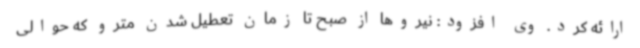
ارائه کرد. وی افزود: نیروها از صبح تا زمان تعطیل شدن مترو که حوالی